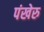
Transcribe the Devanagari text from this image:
पंखेरु